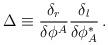
LaTeX: \begin{align*}\Delta \equiv{\delta_r\over\delta\phi^A}{\delta_l\over\delta\phi^\ast_A}\,.\end{align*}